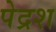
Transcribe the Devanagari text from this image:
पेद्रश